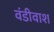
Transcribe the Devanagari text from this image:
वंडीवाश